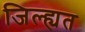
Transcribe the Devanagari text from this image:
जिल्ह्यत